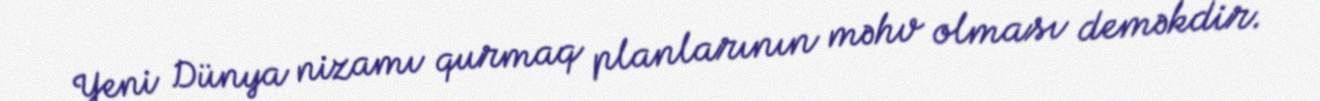
Yeni Dünya nizamı qurmaq planlarının məhv olması deməkdir.